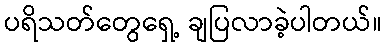
ပရိသတ်တွေရှေ့ ချပြလာခဲ့ပါတယ်။